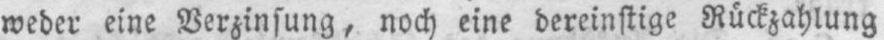
weder eine Verzinsung, noch eine dereinstige Rückzahlung